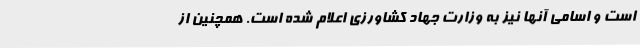
است و اسامی آنها نیز به وزارت جهاد کشاورزی اعلام شده است. همچنین از